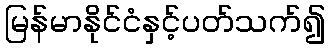
မြန်မာနိုင်ငံနှင့်ပတ်သက်၍